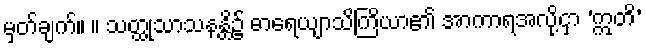
မှတ်ချက်။ ။ သတ္ထုသာသနန္တိ၌ ဓာရေယျာသိကြိယာ၏ အာကာရအလို့ငှာ ‘ဣတိ’